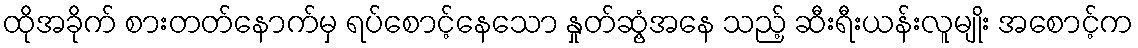
ထိုအခိုက် စားတတ်နောက်မှ ရပ်စောင့်နေသော နှုတ်ဆွံ့အနေ သည့် ဆီးရီးယန်းလူမျိုး အစောင့်က